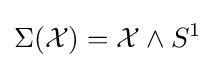
\Sigma ({\mathcal {X}})={\mathcal {X}}\wedge S^{1}